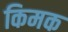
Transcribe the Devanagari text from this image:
किमक